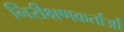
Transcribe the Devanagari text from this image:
निरीक्षणकर्ताओं